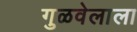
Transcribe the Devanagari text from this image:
गुळवेलाला